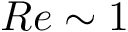
R e \sim 1